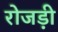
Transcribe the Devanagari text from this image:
रोजड़ी